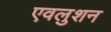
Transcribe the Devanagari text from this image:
एवलुशन